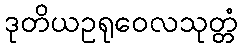
ဒုတိယဥရုဝေလသုတ္တံ